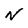
Character: N